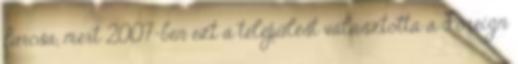
furcsa, mert 2007-ben ezt a települést választotta a Foreign